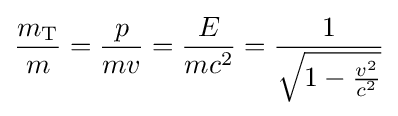
{\frac {m_{\text{T}}}{m}}={\frac {p}{mv}}={\frac {E}{mc^{2}}}={\frac {1}{\sqrt {1-{\frac {v^{2}}{c^{2}}}}}}